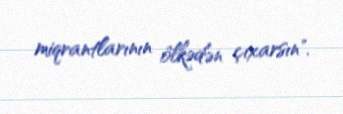
miqrantlarının ölkədən çıxarsın".